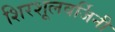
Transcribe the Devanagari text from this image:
शिरशूलवर्जिनी